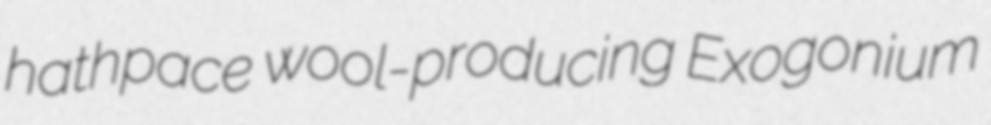
hathpace wool-producing Exogonium